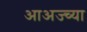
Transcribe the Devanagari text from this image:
आअज्च्या